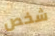
شخص